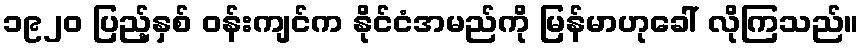
၁၉၂၀ ပြည့်နှစ် ဝန်းကျင်က နိုင်ငံအမည်ကို မြန်မာဟုခေါ် လိုကြသည်။